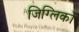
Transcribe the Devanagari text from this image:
जिग्लिको